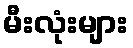
မီးလုံးများ